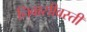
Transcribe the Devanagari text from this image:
निवासीवस्ती